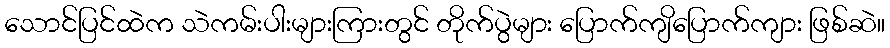
သောင်ပြင်ထဲက သဲကမ်းပါးများကြားတွင် တိုက်ပွဲများ ပြောက်ကျိပြောက်ကျား ဖြစ်ဆဲ။